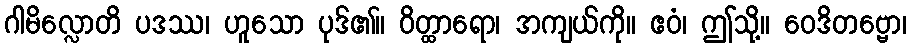
ဂါမိလ္လောတိ ပဒဿ၊ ဟူသော ပုဒ်၏။ ဝိတ္ထာရော၊ အကျယ်ကို။ ဧဝံ၊ ဤသို့။ ဝေဒိတဗ္ဗော၊